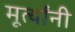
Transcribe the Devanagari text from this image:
मूर्त्यांनी